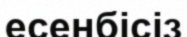
есенбісіз